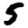
Digit: 5